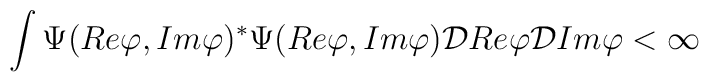
\int\Psi(Re\varphi, Im\varphi)^\ast\Psi(Re\varphi, Im\varphi){\cal D}Re\varphi{\cal D}Im\varphi < \infty